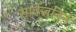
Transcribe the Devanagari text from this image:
सार्वजनिन